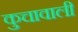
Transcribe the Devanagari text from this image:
कुचावाली